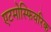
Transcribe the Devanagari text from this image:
एटमोस्फियरिक